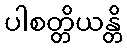
ပါစတ္တိယန္တိ